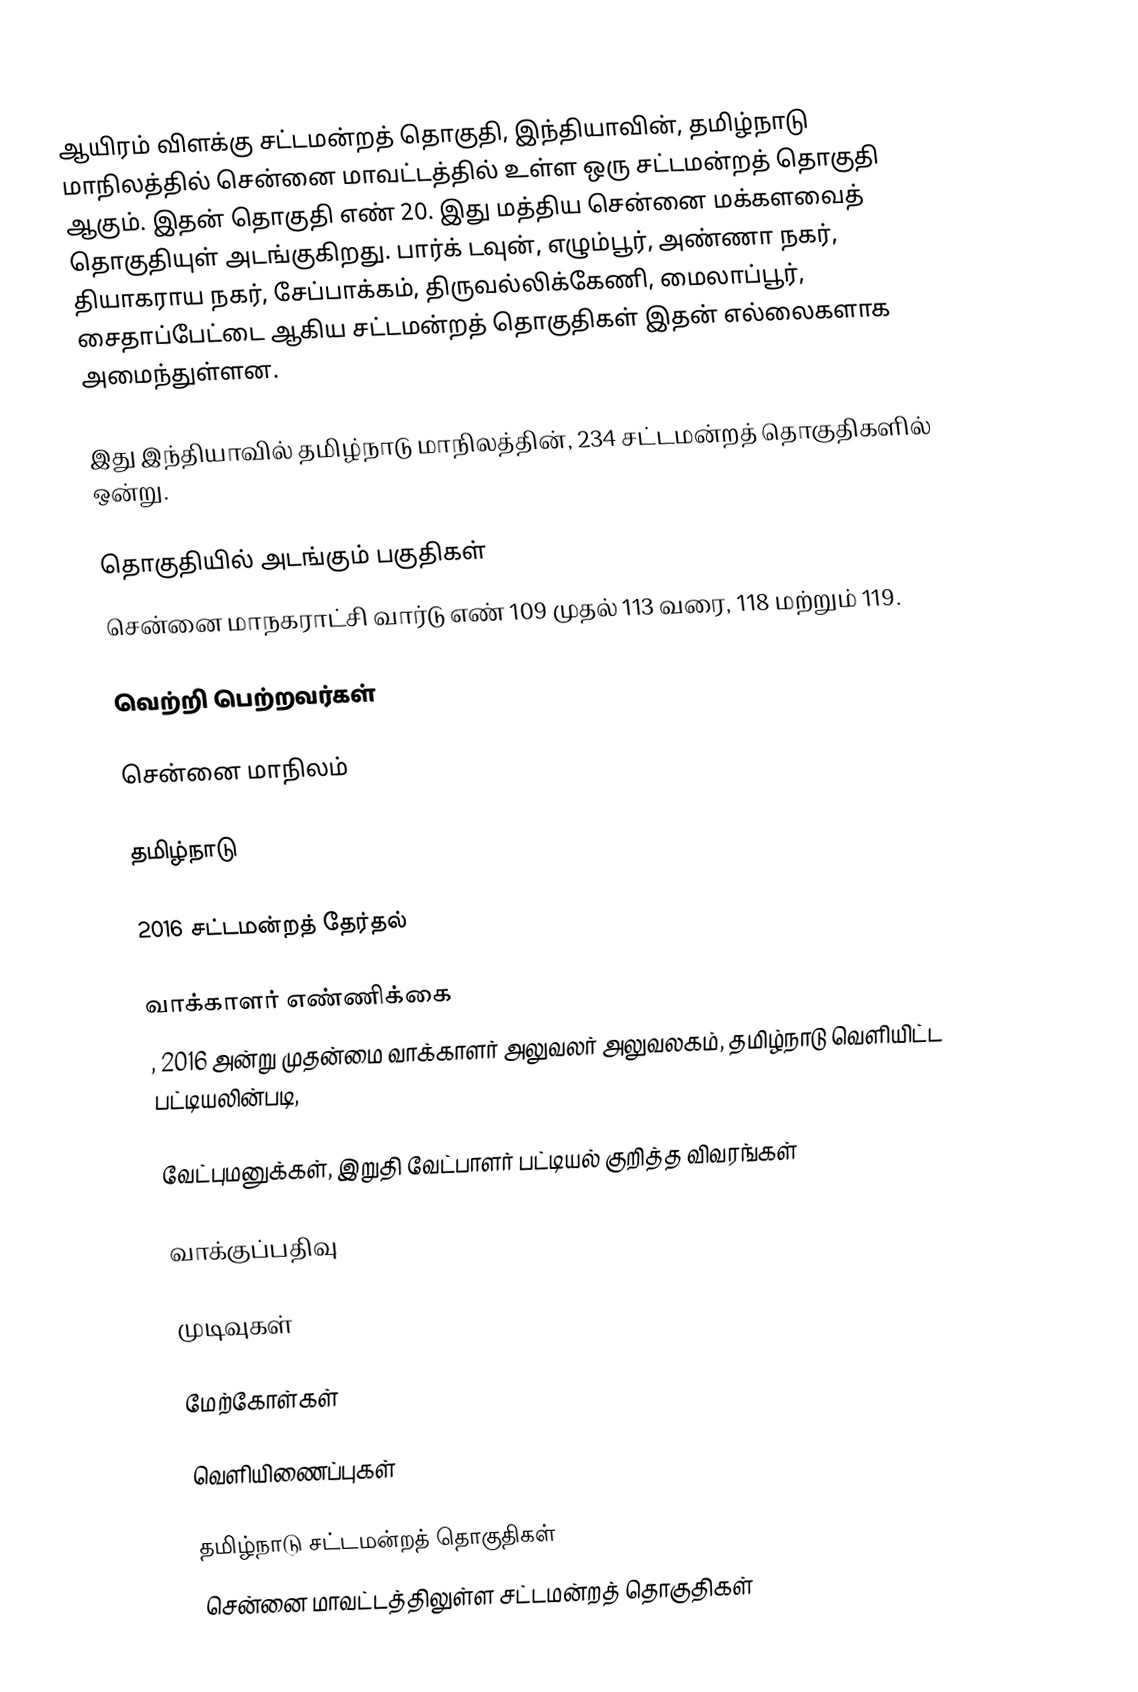
ஆயிரம் விளக்கு சட்டமன்றத் தொகுதி, இந்தியாவின், தமிழ்நாடு மாநிலத்தில்  சென்னை மாவட்டத்தில் உள்ள ஒரு சட்டமன்றத் தொகுதி ஆகும். இதன் தொகுதி எண் 20. இது மத்திய சென்னை மக்களவைத் தொகுதியுள் அடங்குகிறது.  பார்க் டவுன், எழும்பூர், அண்ணா நகர், தியாகராய நகர், சேப்பாக்கம், திருவல்லிக்கேணி, மைலாப்பூர், சைதாப்பேட்டை ஆகிய சட்டமன்றத் தொகுதிகள் இதன் எல்லைகளாக அமைந்துள்ளன.

இது இந்தியாவில் தமிழ்நாடு மாநிலத்தின், 234 சட்டமன்றத் தொகுதிகளில் ஒன்று.

தொகுதியில் அடங்கும் பகுதிகள்
சென்னை மாநகராட்சி வார்டு எண் 109 முதல் 113 வரை,  118 மற்றும் 119.

வெற்றி பெற்றவர்கள்

சென்னை மாநிலம்

தமிழ்நாடு

2016 சட்டமன்றத் தேர்தல்

வாக்காளர் எண்ணிக்கை
, 2016 அன்று முதன்மை வாக்காளர் அலுவலர் அலுவலகம், தமிழ்நாடு வெளியிட்ட பட்டியலின்படி,

வேட்புமனுக்கள், இறுதி வேட்பாளர் பட்டியல் குறித்த விவரங்கள்

வாக்குப்பதிவு

முடிவுகள்

மேற்கோள்கள்

வெளியிணைப்புகள்

தமிழ்நாடு சட்டமன்றத் தொகுதிகள்
சென்னை மாவட்டத்திலுள்ள சட்டமன்றத் தொகுதிகள்